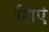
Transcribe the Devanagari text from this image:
शिएं